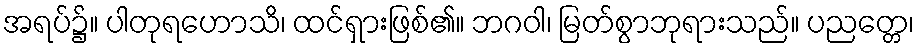
အရပ်၌။ ပါတုရဟောသိ၊ ထင်ရှားဖြစ်၏။ ဘဂဝါ၊ မြတ်စွာဘုရားသည်။ ပညတ္တေ၊